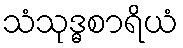
သံသုဒ္ဓစာရိယံ